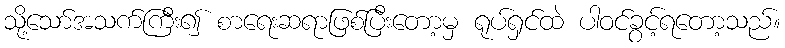
သို့သော်အသက်ကြီး၍ စာရေးဆရာဖြစ်ပြီးတော့မှ ရုပ်ရှင်ထဲ ပါဝင်ခွင့်ရတော့သည်။